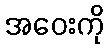
အဝေးကို